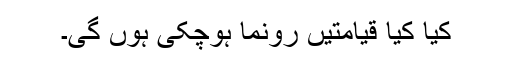
کیا کیا قیامتیں رُونما ہوچکی ہوں گی۔